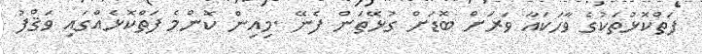
ފަތްކޮޅުތަކުގެ ވާހަކައާ ވަރަށް ބޮޑަށް ގުޅޭތަން ފެނޭ .މިއިން ކޮންމެ ފަތްކޮޅެއްގައި ވަޤްފު